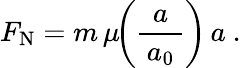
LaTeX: F_{\mathrm{N}}=m\, \mu\! \! \left({\frac{a}{\, a_{0}\, }}\right)\, a~.